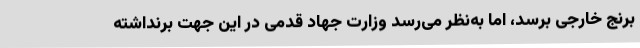
برنج خارجی برسد، اما به‌نظر می‌رسد وزارت جهاد قدمی در این جهت برنداشته